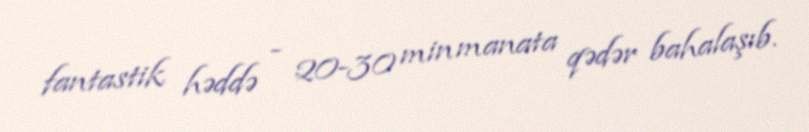
fantastik həddə - 20-30 min manata qədər bahalaşıb.